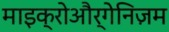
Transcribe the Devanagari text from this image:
माइक्रोऔर्गेनिज़म